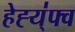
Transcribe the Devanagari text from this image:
हेह्य्॑फ्व